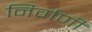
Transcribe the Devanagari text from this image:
निर्वाणीं